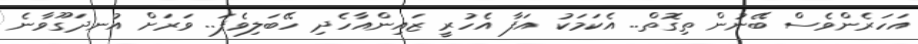
އަހަރެންވެސް ބޭނުން ތިގޮތް.. އެކަމަކު އަފާ އެހުރީ ޒައިންއާހެދި ހޭބަލިވެފަ.. ވަރަށް އުނދަގޫވާނެ